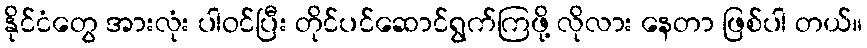
နိုင်ငံတွေ အားလုံး ပါဝင်ပြီး တိုင်ပင်ဆောင်ရွက်ကြဖို့ လိုလား နေတာ ဖြစ်ပါ တယ်။